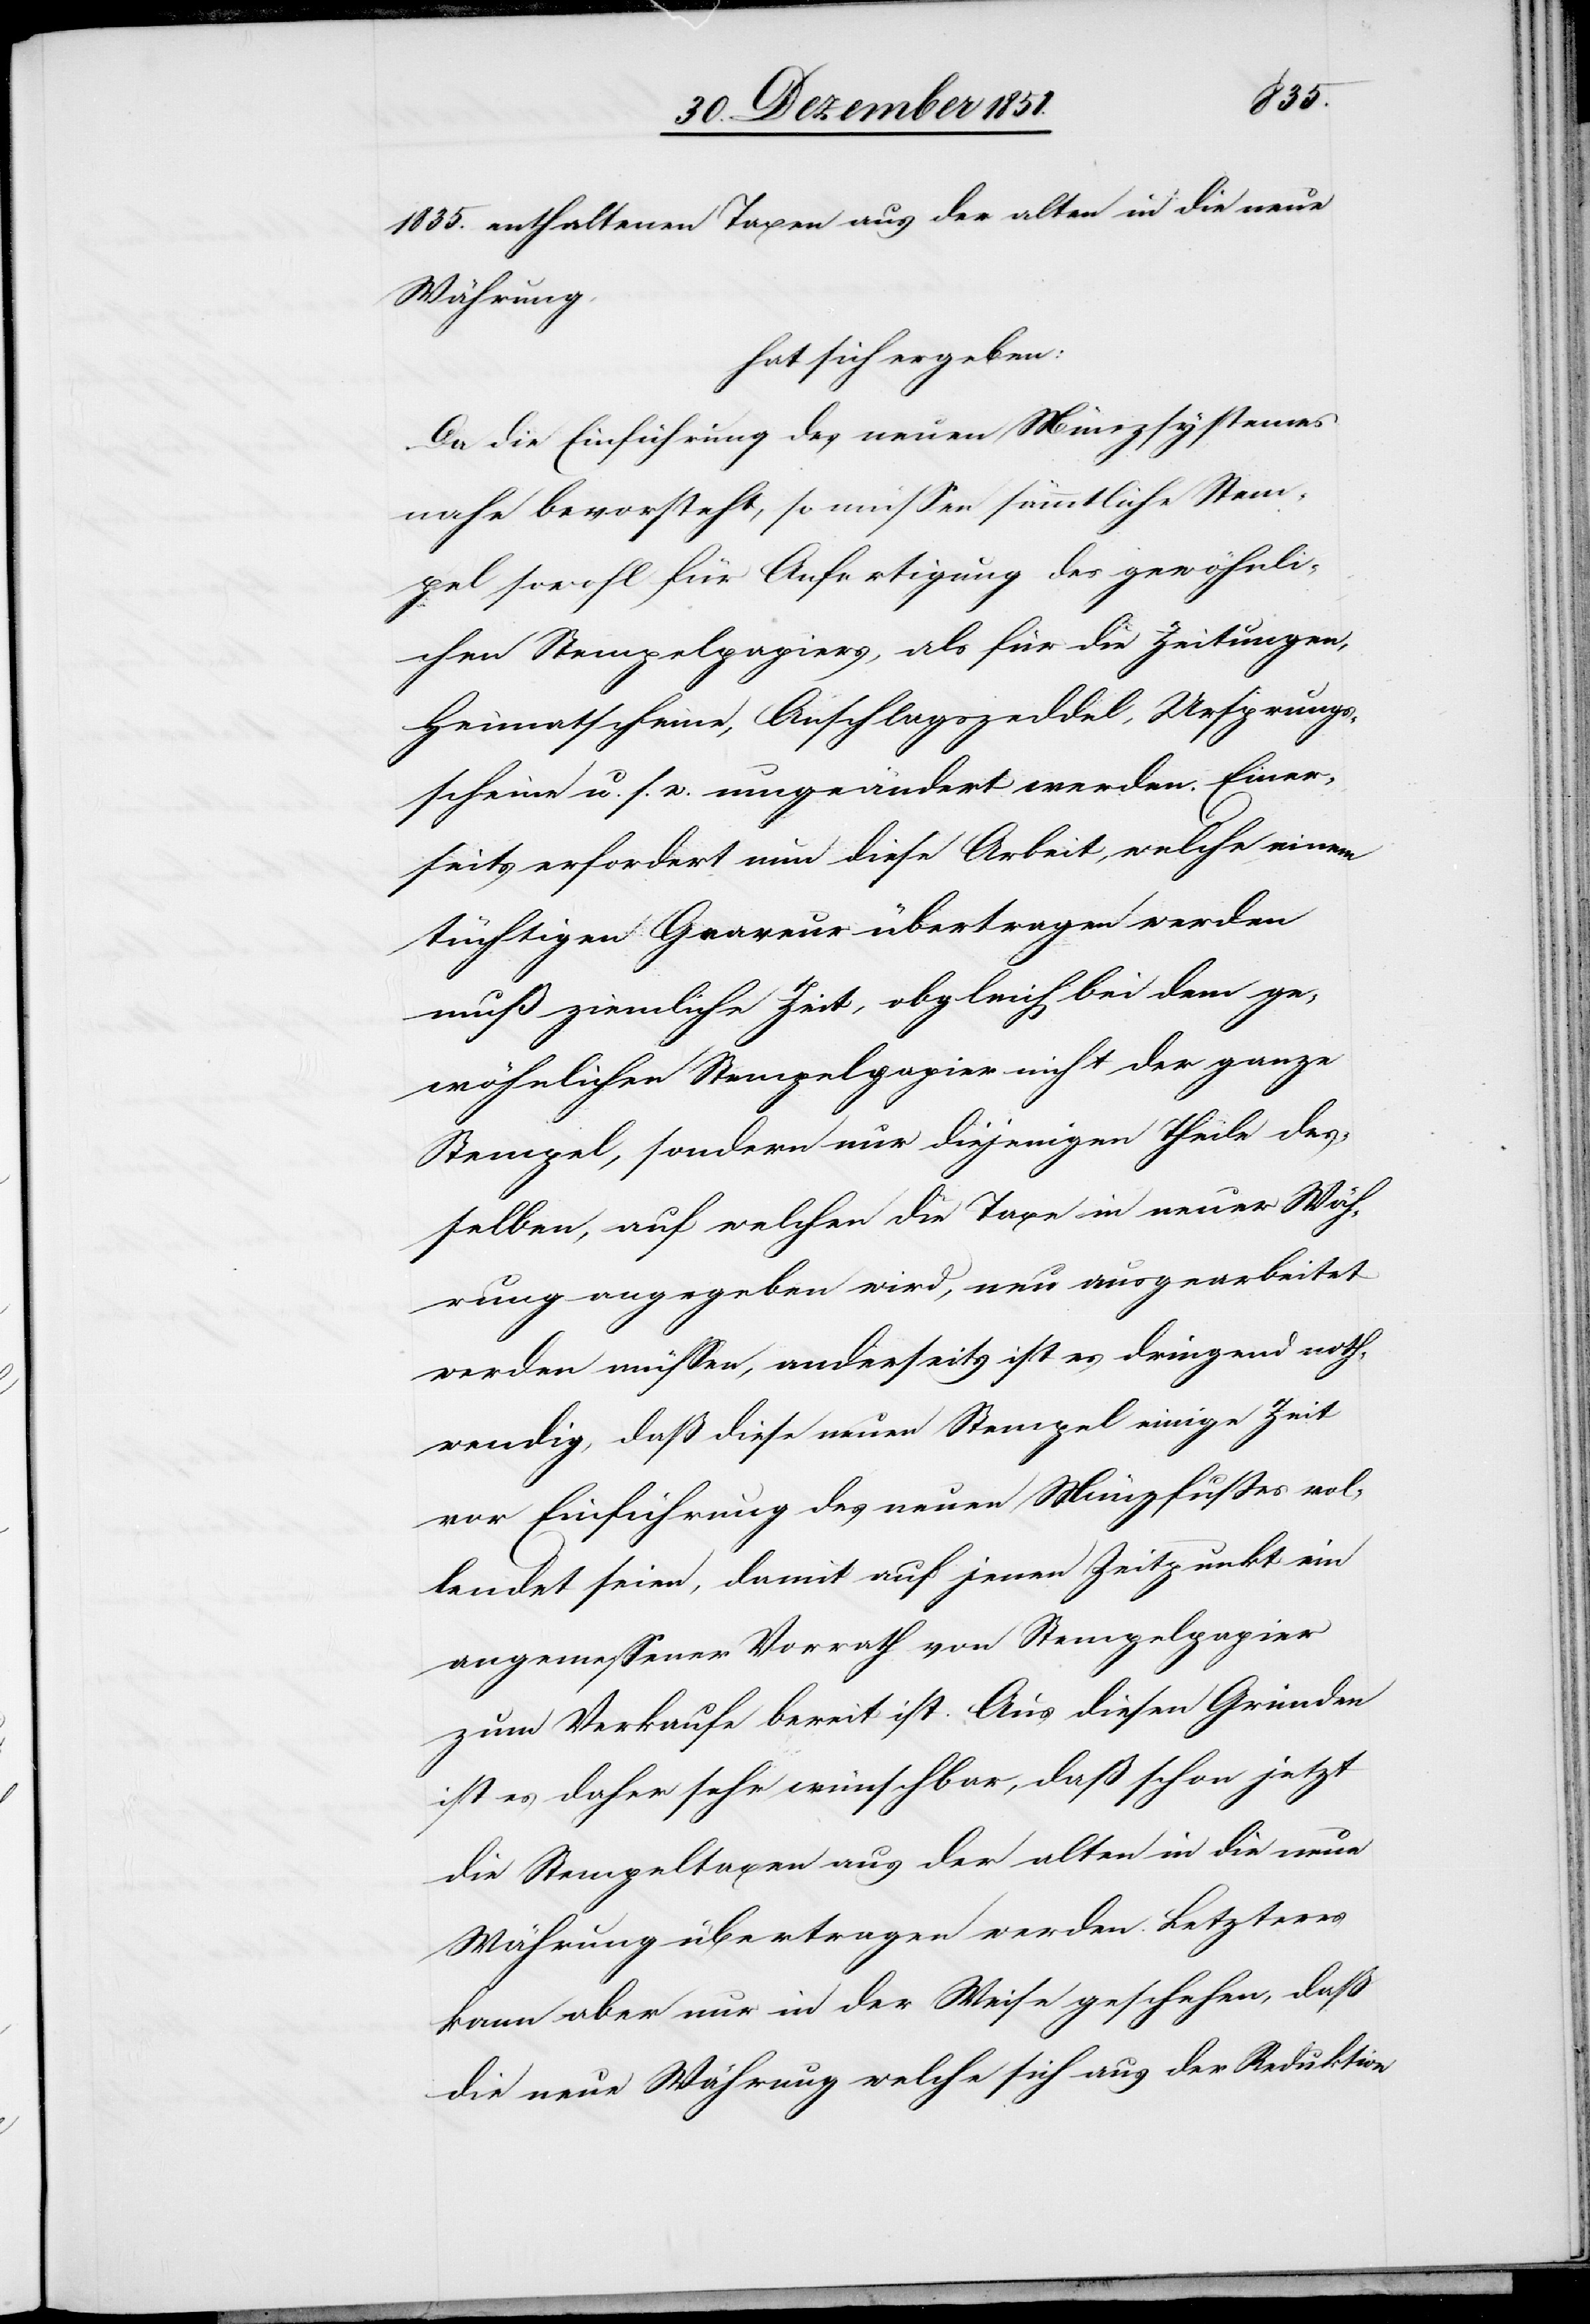
1835. enthaltenen Taxen aus der alten in die neue
Währung,
hat sich ergeben:
Da die Einführung des neuen Münzsystemes
nahe bevorsteht, so müssen sämmtliche Stem¬
pel sowohl für Anfertigung des gewöhnli¬
chen Stempelpapiers, als für die Zeitungen,
Heimatscheine, Anschlagszeddel, Ursprungs¬
scheine u. s. w. umgeändert werden. Einer¬
seits erfordert nun diese Arbeit, welche einem
tüchtigen Graveur übertragen werden
muß ziemliche Zeit, obgleich bei dem ge¬
wöhnlichen Stempelpapier nicht der ganze
Stempel, sondern nur diejenigen Theile des¬
selben, auf welchen die Taxe in neuer Wäh¬
rung angegeben wird, neu ausgearbeitet
werden müssen, anderseits ist es dringend noth¬
wendig, daß diese neuen Stempel einige Zeit
vor Einführung des neuen Münzfußes vol¬
lendet seien, damit auf jenen Zeitpunkt ein
angemessener Vorrath von Stempelpapier
zum Verkaufe bereit ist. Aus diesen Gründen
ist es daher sehr wünschbar, daß schon jetzt
die Stempeltaxen aus der alten in die neue
Währung übertragen werden. Letzteres
kann aber nur in der Weise geschehen, daß
die neue Währung welche sich aus der Reduktion